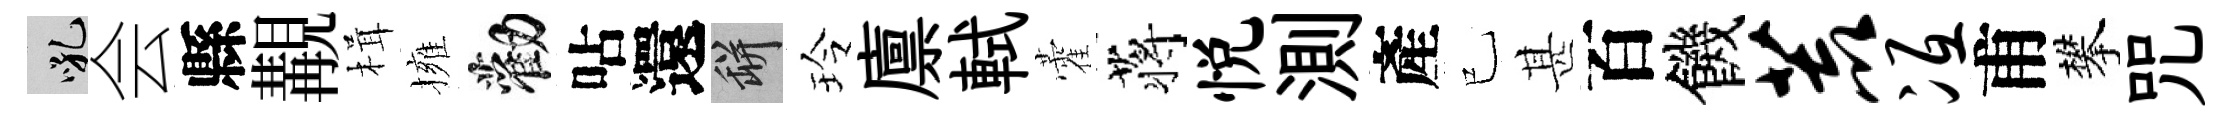
吼会縣覯楫擁勸呫還瓶玲廪軾藿蒋悦測產已甚百饑荒冱甫攀咒